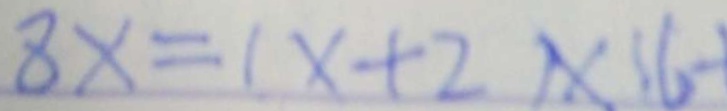
1 8 x = ( x + 2 ) \times 1 6